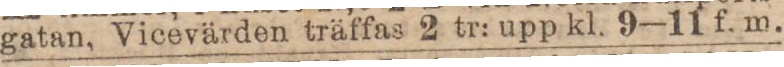
gatan, Vicevärden träffas 2 tr: upp kl. 9—11 f. m.